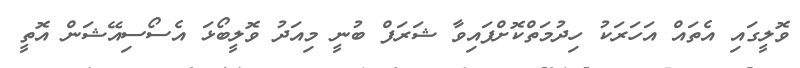
ވޮލީގައި އެތައް އަހަރަކު ހިދުމަތްކޮށްފައިވާ ޝަރަފް ބުނީ މިއަދު ވޮލީބޯޅަ އެސޯސިއޭޝަން އޮތީ